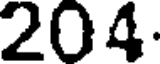
204.